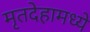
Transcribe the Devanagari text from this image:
मृतदेहामध्ये